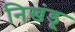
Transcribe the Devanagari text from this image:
निखंडू